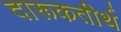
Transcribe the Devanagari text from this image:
दारूकतीर्थ